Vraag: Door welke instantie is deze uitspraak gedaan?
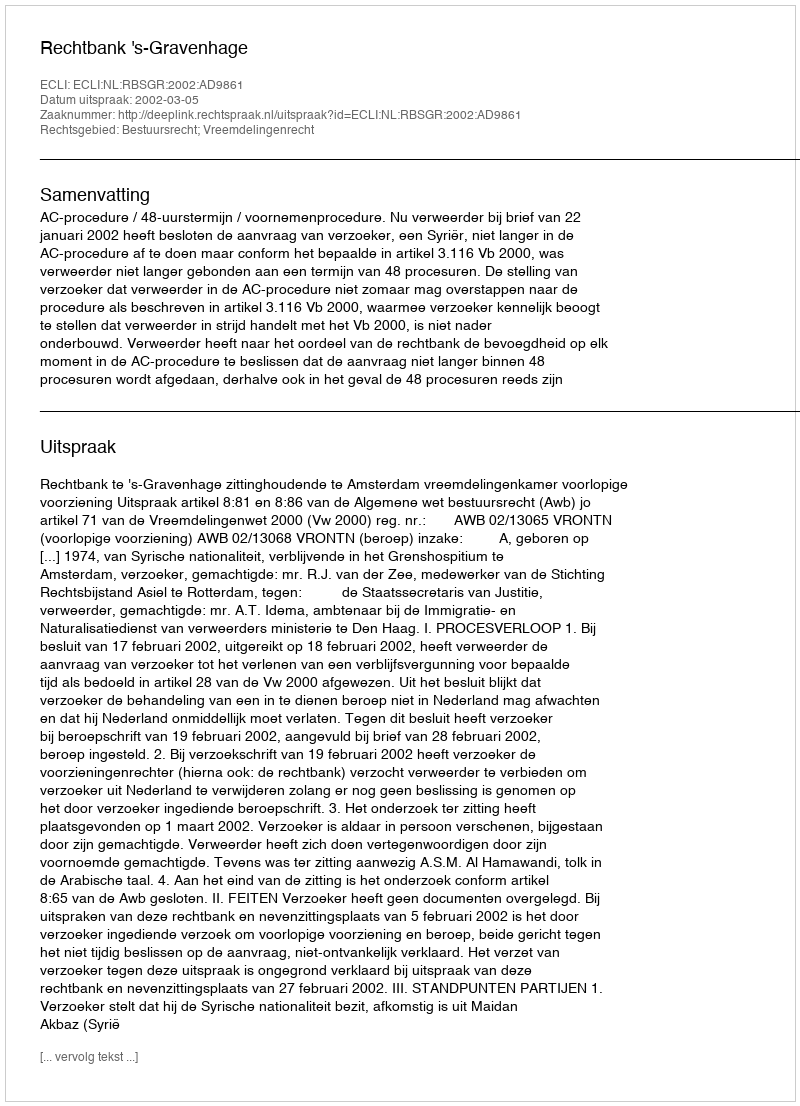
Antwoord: Rechtbank 's-Gravenhage